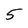
Character: 5